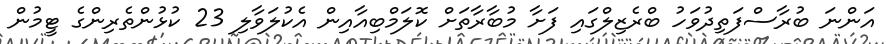
އަންނަ ބުރާސްފަތިދުވަހު ބްރެޒިލްގައި ފަށާ މުބާރާތަށް ކޮލަމްބިއާއިން އެކުލަވާލި 23 ކުޅުންތެރިންގެ ޓީމުން